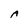
Character: A